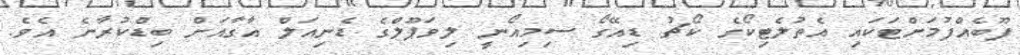
ފޫބެއްފުމަށްޓަކައި އެތުލެޓިކޯގެ ކޯޗު ޑިއޭގޯ ސިމިއޯނީ ލިވަޕޫލްގެ ޑެނިއަލް އާގާއަށް ބިޑްކުރާނެ އެވެ.